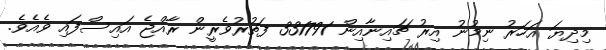
މިދިޔަ އަހަރު ނިމުނު އިރު ޗައިނާއިން 331791 ފަތުރުވެރީން ރާއްޖެ އައިސްފައި ވެއެވެ.